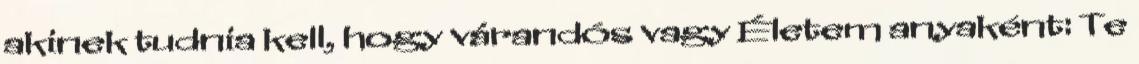
akinek tudnia kell, hogy várandós vagy Életem anyaként: Te